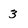
Character: 3